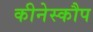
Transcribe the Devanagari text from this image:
कीनेस्कौप